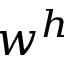
w ^ { h }